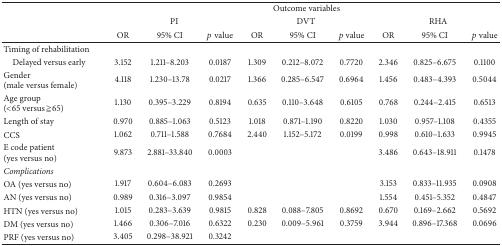
<table><thead><tr><td><b> </b></td><td colspan="9"><b>Outcome variables</b></td></tr><tr><td><b> </b></td><td colspan="3"><b>PI</b></td><td colspan="3"><b>DVT</b></td><td colspan="3"><b>RHA</b></td></tr><tr><td><b> </b></td><td><b>OR</b></td><td><b>95% CI</b></td><td><b><i>p</i> value</b></td><td><b>OR</b></td><td><b>95% CI</b></td><td><b><i>p</i> value</b></td><td><b>OR</b></td><td><b>95% CI</b></td><td><b><i>p</i> value</b></td></tr></thead><tbody><tr><td>Timing of rehabilitation</td><td> </td><td> </td><td> </td><td> </td><td> </td><td> </td><td> </td><td> </td><td> </td></tr><tr><td> Delayed versus early</td><td>3.152</td><td>1.211–8.203</td><td>0.0187</td><td>1.309</td><td>0.212–8.072</td><td>0.7720</td><td>2.346</td><td>0.825–6.675</td><td>0.1100</td></tr><tr><td>Gender(male versus female)</td><td>4.118</td><td>1.230–13.78</td><td>0.0217</td><td>1.366</td><td>0.285–6.547</td><td>0.6964</td><td>1.456</td><td>0.483–4.393</td><td>0.5044</td></tr><tr><td>Age group(&lt;65 versus ≧65)</td><td>1.130</td><td>0.395–3.229</td><td>0.8194</td><td>0.635</td><td>0.110–3.648</td><td>0.6105</td><td>0.768</td><td>0.244–2.415</td><td>0.6513</td></tr><tr><td>Length of stay</td><td>0.970</td><td>0.885–1.063</td><td>0.5123</td><td>1.018</td><td>0.871–1.190</td><td>0.8220</td><td>1.030</td><td>0.957–1.108</td><td>0.4355</td></tr><tr><td>CCS</td><td>1.062</td><td>0.711–1.588</td><td>0.7684</td><td>2.440</td><td>1.152–5.172</td><td>0.0199</td><td>0.998</td><td>0.610–1.633</td><td>0.9945</td></tr><tr><td>E code patient(yes versus no)</td><td>9.873</td><td>2.881–33.840</td><td>0.0003</td><td> </td><td> </td><td> </td><td>3.486</td><td>0.643–18.911</td><td>0.1478</td></tr><tr><td><i>Complications </i></td><td> </td><td> </td><td> </td><td> </td><td> </td><td> </td><td> </td><td> </td><td> </td></tr><tr><td>OA (yes versus no)</td><td>1.917</td><td>0.604–6.083</td><td>0.2693</td><td> </td><td> </td><td> </td><td>3.153</td><td>0.833–11.935</td><td>0.0908</td></tr><tr><td>AN (yes versus no)</td><td>0.989</td><td>0.316–3.097</td><td>0.9854</td><td> </td><td> </td><td> </td><td>1.554</td><td>0.451–5.352</td><td>0.4847</td></tr><tr><td>HTN (yes versus no)</td><td>1.015</td><td>0.283–3.639</td><td>0.9815</td><td>0.828</td><td>0.088–7.805</td><td>0.8692</td><td>0.670</td><td>0.169–2.662</td><td>0.5692</td></tr><tr><td>DM (yes versus no)</td><td>1.466</td><td>0.306–7.016</td><td>0.6322</td><td>0.230</td><td>0.009–5.961</td><td>0.3759</td><td>3.944</td><td>0.896–17.368</td><td>0.0696</td></tr><tr><td>PRF (yes versus no)</td><td>3.405</td><td>0.298–38.921</td><td>0.3242</td><td> </td><td> </td><td> </td><td> </td><td> </td><td> </td></tr></tbody></table>